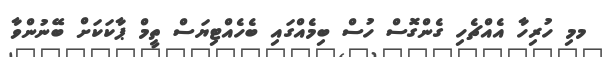
މމި ހުރިހާ އެއްޗެހި ގެންގޮސް ހުސް ބިމެއްގައި ބެހެއްޓިޔަސް ތީމް ޕާކަކަށް ބޭނުންވާ